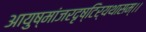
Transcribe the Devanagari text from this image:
आयुष्मांजरदृष्टिर्यथासम्।।